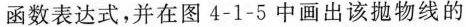
函数表达式，并在图4-1-5中画出该抛物线的